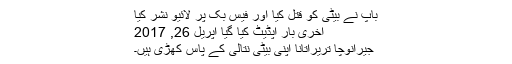
باپ نے بیٹی کو قتل کیا اور فیس بک پر لائیو نشر کیا
آخری بار اپڈیٹ کیا گیا اپریل 26, 2017
جیرانوچا تریراتانا اپنی بیٹی نتالی کے پاس کھڑی ہیں۔